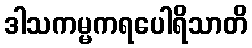
ဒါသကမ္မကရပေါရိသာတိ